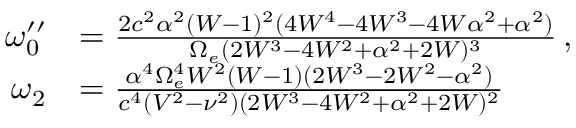
\begin{array} { r l } { \omega _ { 0 } ^ { \prime \prime } } & { = \frac { 2 c ^ { 2 } \alpha ^ { 2 } ( W - 1 ) ^ { 2 } ( 4 W ^ { 4 } - 4 W ^ { 3 } - 4 W \alpha ^ { 2 } + \alpha ^ { 2 } ) } { \Omega _ { e } ( 2 W ^ { 3 } - 4 W ^ { 2 } + \alpha ^ { 2 } + 2 W ) ^ { 3 } } \, , } \\ { \omega _ { 2 } } & { = \frac { \alpha ^ { 4 } \Omega _ { e } ^ { 4 } W ^ { 2 } ( W - 1 ) ( 2 W ^ { 3 } - 2 W ^ { 2 } - \alpha ^ { 2 } ) } { c ^ { 4 } ( V ^ { 2 } - \nu ^ { 2 } ) ( 2 W ^ { 3 } - 4 W ^ { 2 } + \alpha ^ { 2 } + 2 W ) ^ { 2 } } } \end{array}